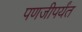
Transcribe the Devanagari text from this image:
पणजीपर्यंत